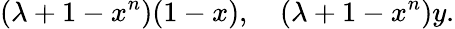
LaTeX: (\lambda+1-x^{n})(1-x),\quad(\lambda+1-x^{n})y.